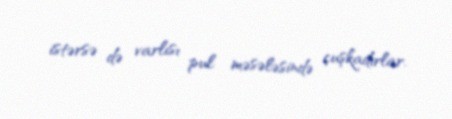
istərsə də varlısı pul məsələsində çuşkadırlar.